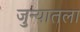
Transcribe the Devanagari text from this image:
जुन्यातला